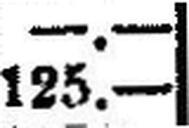
125.—